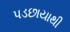
પડછાયાથી